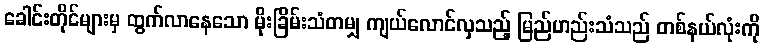
ခေါင်းတိုင်များမှ ထွက်လာနေသော မိုးခြိမ်းသံတမျှ ကျယ်လောင်လှသည့် မြည်ဟည်းသံသည် တစ်နယ်လုံးကို